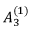
{ A } _ { 3 } ^ { ( 1 ) }